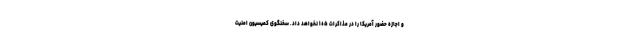
و اجازه حضور آمریکا را در مذاکرات ۵+۱ نخواهد داد. سخنگوی کمیسیون امنیت